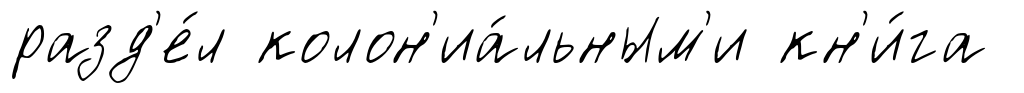
разд'е́л колон'иа́льным'и кн'и́га